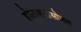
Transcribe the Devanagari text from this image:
होळकरांसोबत